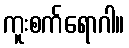
ကူးစက်ရောဂါ။